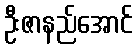
ဦးဇာနည်အောင်